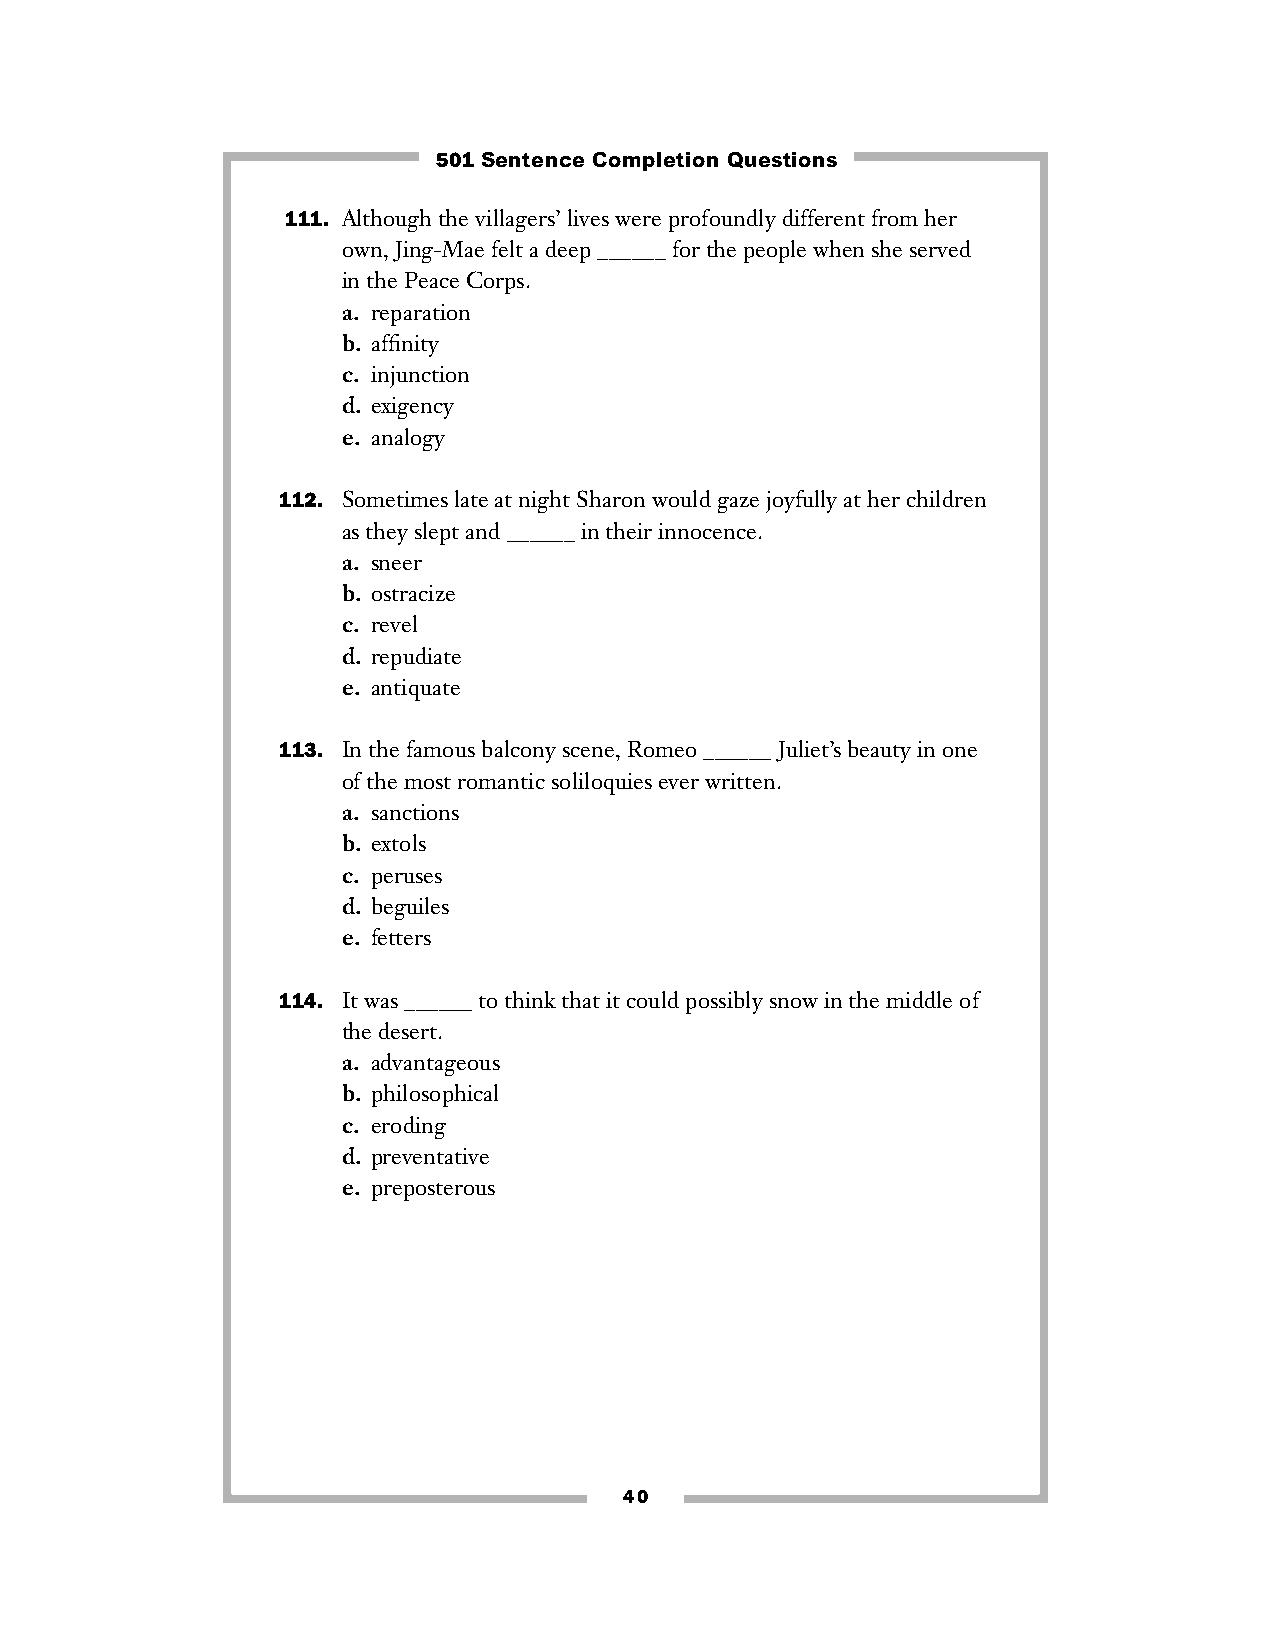
501 Sentence Completion Questions
 111. Although the villagers’ lives were profoundly different from her
 own, Jing-Mae felt a deep ______ for the people when she served
 in the Peace Corps.
 a. reparation
 b. affinity
 c. injunction
 d. exigency
 e. analogy
 112. Sometimes late at night Sharon would gaze joyfully at her children
 as they slept and ______ in their innocence.
 a. sneer
 b. ostracize
 c. revel
 d. repudiate
 e. antiquate
 113. In the famous balcony scene, Romeo ______ Juliet’s beauty in one
 of the most romantic soliloquies ever written.
 a. sanctions
 b. extols
 c. peruses
 d. beguiles
 e. fetters
 114. It was ______ to think that it could possibly snow in the middle of
 the desert.
 a. advantageous
 b. philosophical
 c. eroding
 d. preventative
 e. preposterous
 40